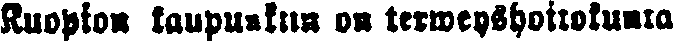
Kuopion kaupunkiin on terweyshoitokunta